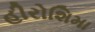
હીરોશિમા